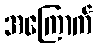
အကြောက်